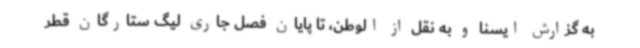
به گزارش ایسنا و به نقل از الوطن، تا پایان فصل جاری لیگ ستارگان قطر